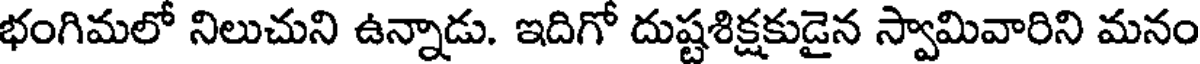
భంగిమలో నిలుచుని ఉన్నాడు. ఇదిగో దుష్టశిక్షకుడైన స్వామివారిని మనం